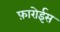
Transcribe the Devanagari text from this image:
फ़ारोईस